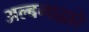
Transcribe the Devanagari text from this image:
अल्बमाद्वारे